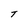
Character: T